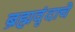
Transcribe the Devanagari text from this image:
ब्रह्मवृंदाचे